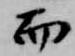
而